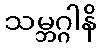
သမ္ဘဂ္ဂါနိ